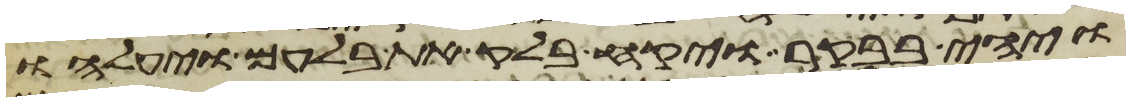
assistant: ויהי בבקר ויקח בלק את בלעם ויעלהו